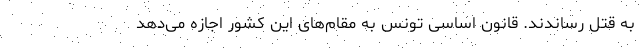
به قتل رساندند. قانون اساسی تونس به مقام‌های این کشور اجازه می‌دهد